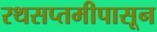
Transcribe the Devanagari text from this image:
रथसप्तमीपासून